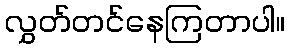
လွှတ်တင်နေကြတာပါ။